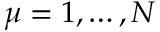
\mu = 1 , \ldots , N